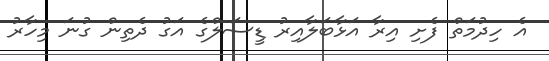
އެ ހިދުމަތް ފެށި އިރާ އަޅާބަލާއިރު ޑީސަލްގެ އަގު ދެތިން ގުނަ މިހާރު